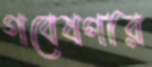
গবেষণার